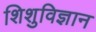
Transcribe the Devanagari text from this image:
शिशुविज्ञान